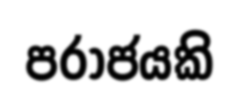
පරාජයකි